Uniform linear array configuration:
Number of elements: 64
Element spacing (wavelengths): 0.75
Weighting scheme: kaiser
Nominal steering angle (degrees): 60
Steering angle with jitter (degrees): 60.733
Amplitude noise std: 0.05
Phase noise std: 0.05

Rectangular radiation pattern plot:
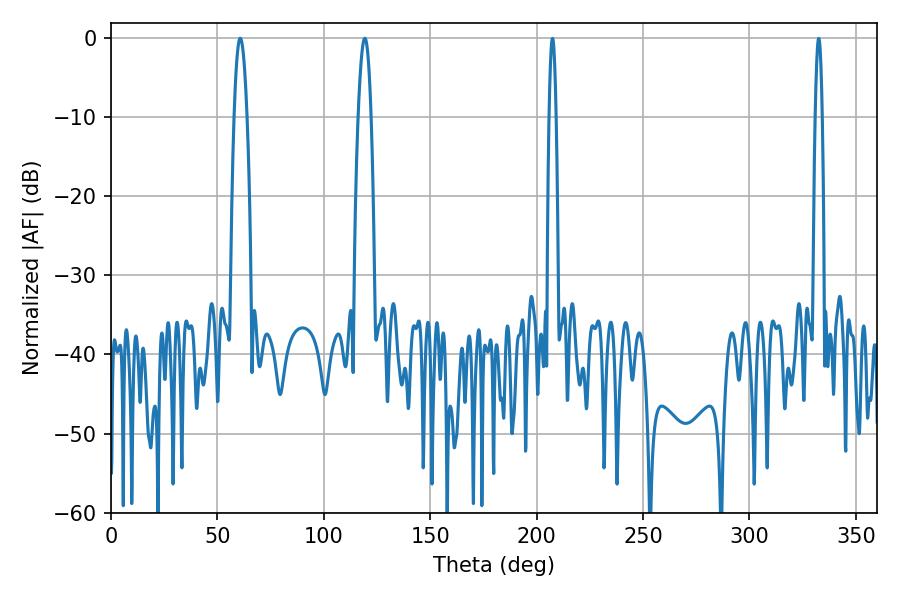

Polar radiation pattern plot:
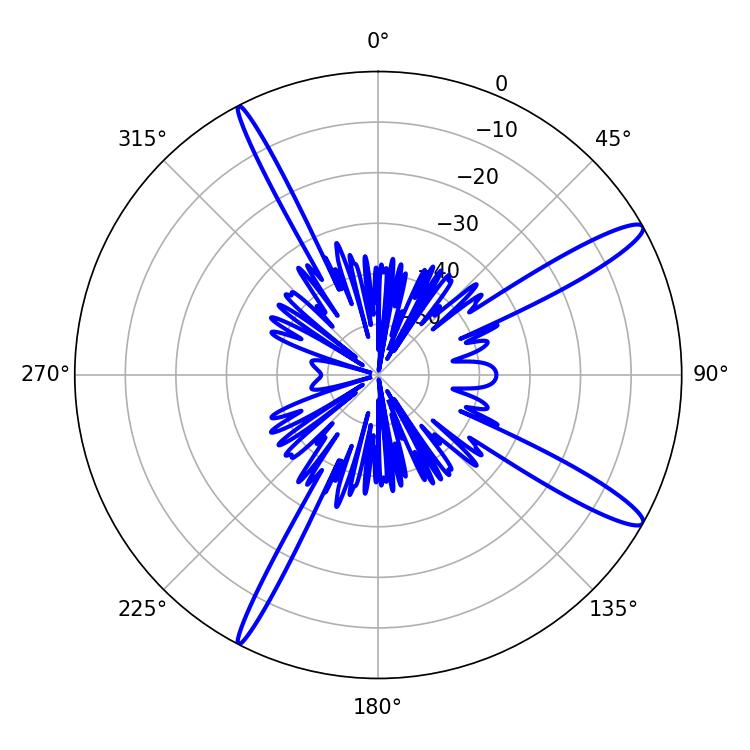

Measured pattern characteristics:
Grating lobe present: TRUE
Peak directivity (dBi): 14.047
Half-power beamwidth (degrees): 3.42
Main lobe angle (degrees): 60.66